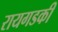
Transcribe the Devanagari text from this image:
रायगडकी